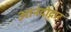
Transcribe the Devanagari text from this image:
आनंदोद्गार